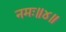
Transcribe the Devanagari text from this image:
नमः॥४॥